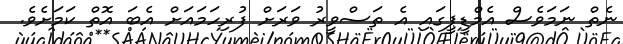
ނެތް ނަމަވެސް އެމްޑީޕީގައި އެ ތަސްވީރު ވަރަށް ފުރިހަމައަށް އެބަ އޮތް ކަމަށެވެ.